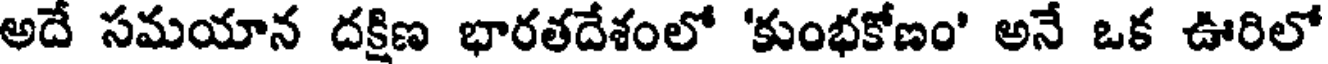
అదే సమయాన దక్షిణ భారతదేశంలో 'కుంభకోణం' అనే ఒక ఊరిలో